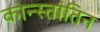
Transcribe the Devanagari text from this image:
कोन्स्तांतिन